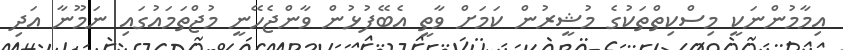
އިމާމުންނަކީ މިސްކިތްތަކުގެ މުޝީރުން ކަމަށް ވާތީ އެބޭފުޅުން ވާންޖެހޭނީ މުޖްތަމައުގައި ނަމޫނާ އަދި